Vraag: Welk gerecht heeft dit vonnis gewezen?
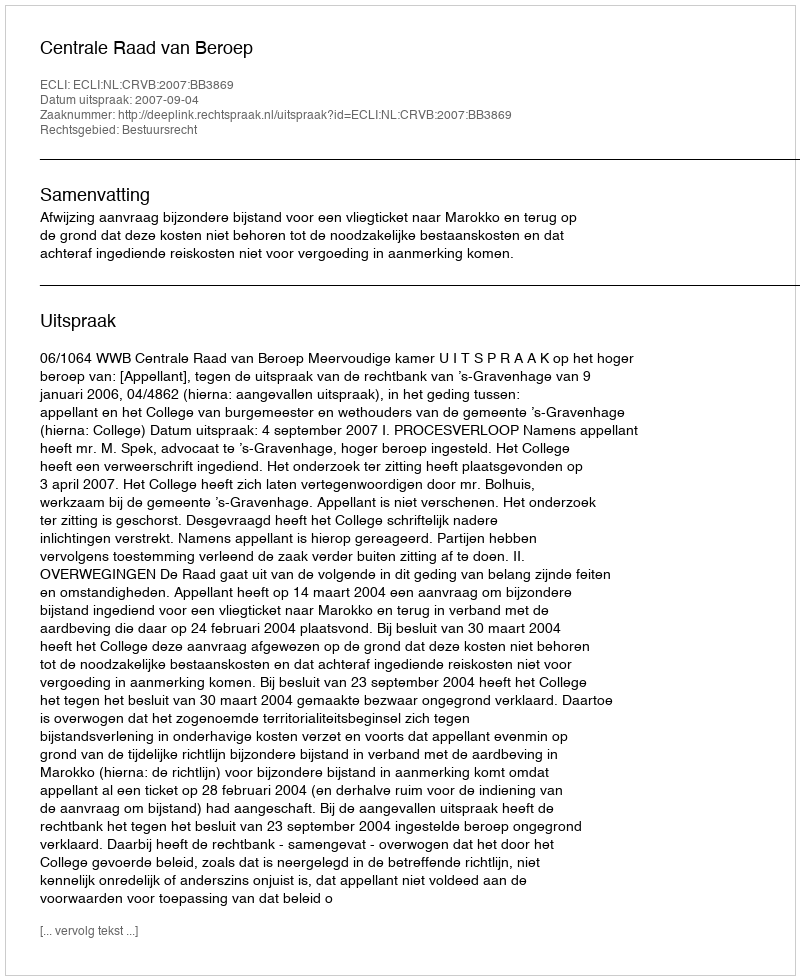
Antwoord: Centrale Raad van Beroep